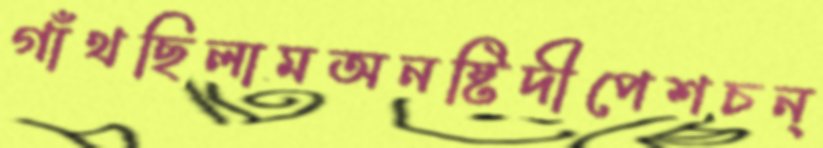
গাঁথছিলামঅনষ্টিদীপেশচন্